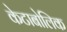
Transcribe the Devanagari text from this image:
केटाबोलिक